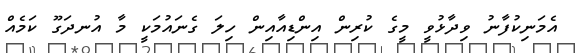
އެމަނިކުފާނު ވިދާޅުވީ މީގެ ކުރިން އިންޑިއާއިން ހިލަ ގެނައުމަކީ މާ އުނދަގޫ ކަމެއް